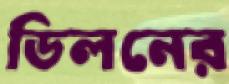
ডিলনের